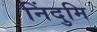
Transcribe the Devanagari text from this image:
निंदुमि